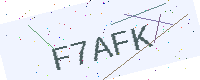
Text: F7AFK